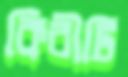
কিরীটি